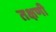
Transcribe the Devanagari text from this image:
तक्षणी